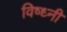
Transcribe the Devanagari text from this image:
विष्ध्नी